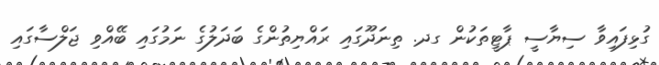
ގުޅިފައިވާ ސިޔާސީ ޕާޓީތަކުން ގދ. ތިނަދޫގައި ރައްޔިތުންގެ ބަދަލުގެ ނަމުގައި ބޭއްވި ޖަލްސާގައި